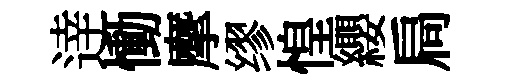
逹慟摩缪惶纓扃